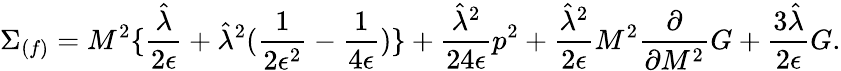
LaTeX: \Sigma_{(f)}=M^{2}\{ {\frac{\hat{\lambda}}{2\epsilon}}+{\hat{\lambda}}^{2}({\frac{1}{2\epsilon^{2}}}-{\frac{1}{4\epsilon}})\} +{\frac{{\hat{\lambda}}^{2}}{24\epsilon}}p^{2}+{\frac{{\hat{\lambda}}^{2}}{2\epsilon}}M^{2}{\frac{\partial}{\partial{M^{2}}}}G+{\frac{3\hat{\lambda}}{2\epsilon}}G.